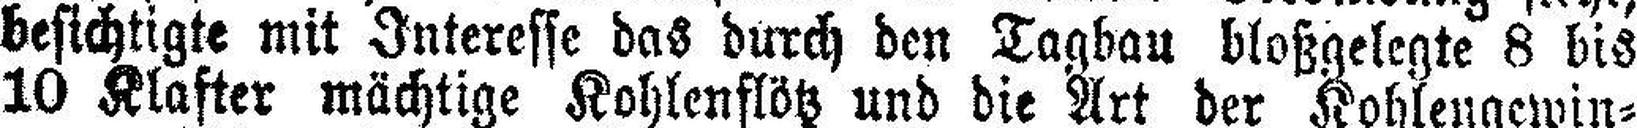
besichtigte mit Interesse das durch den Tagbau bloßgelegte 8 bis